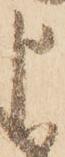
申